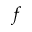
f